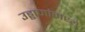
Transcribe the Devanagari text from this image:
उड्डाणांमध्ये